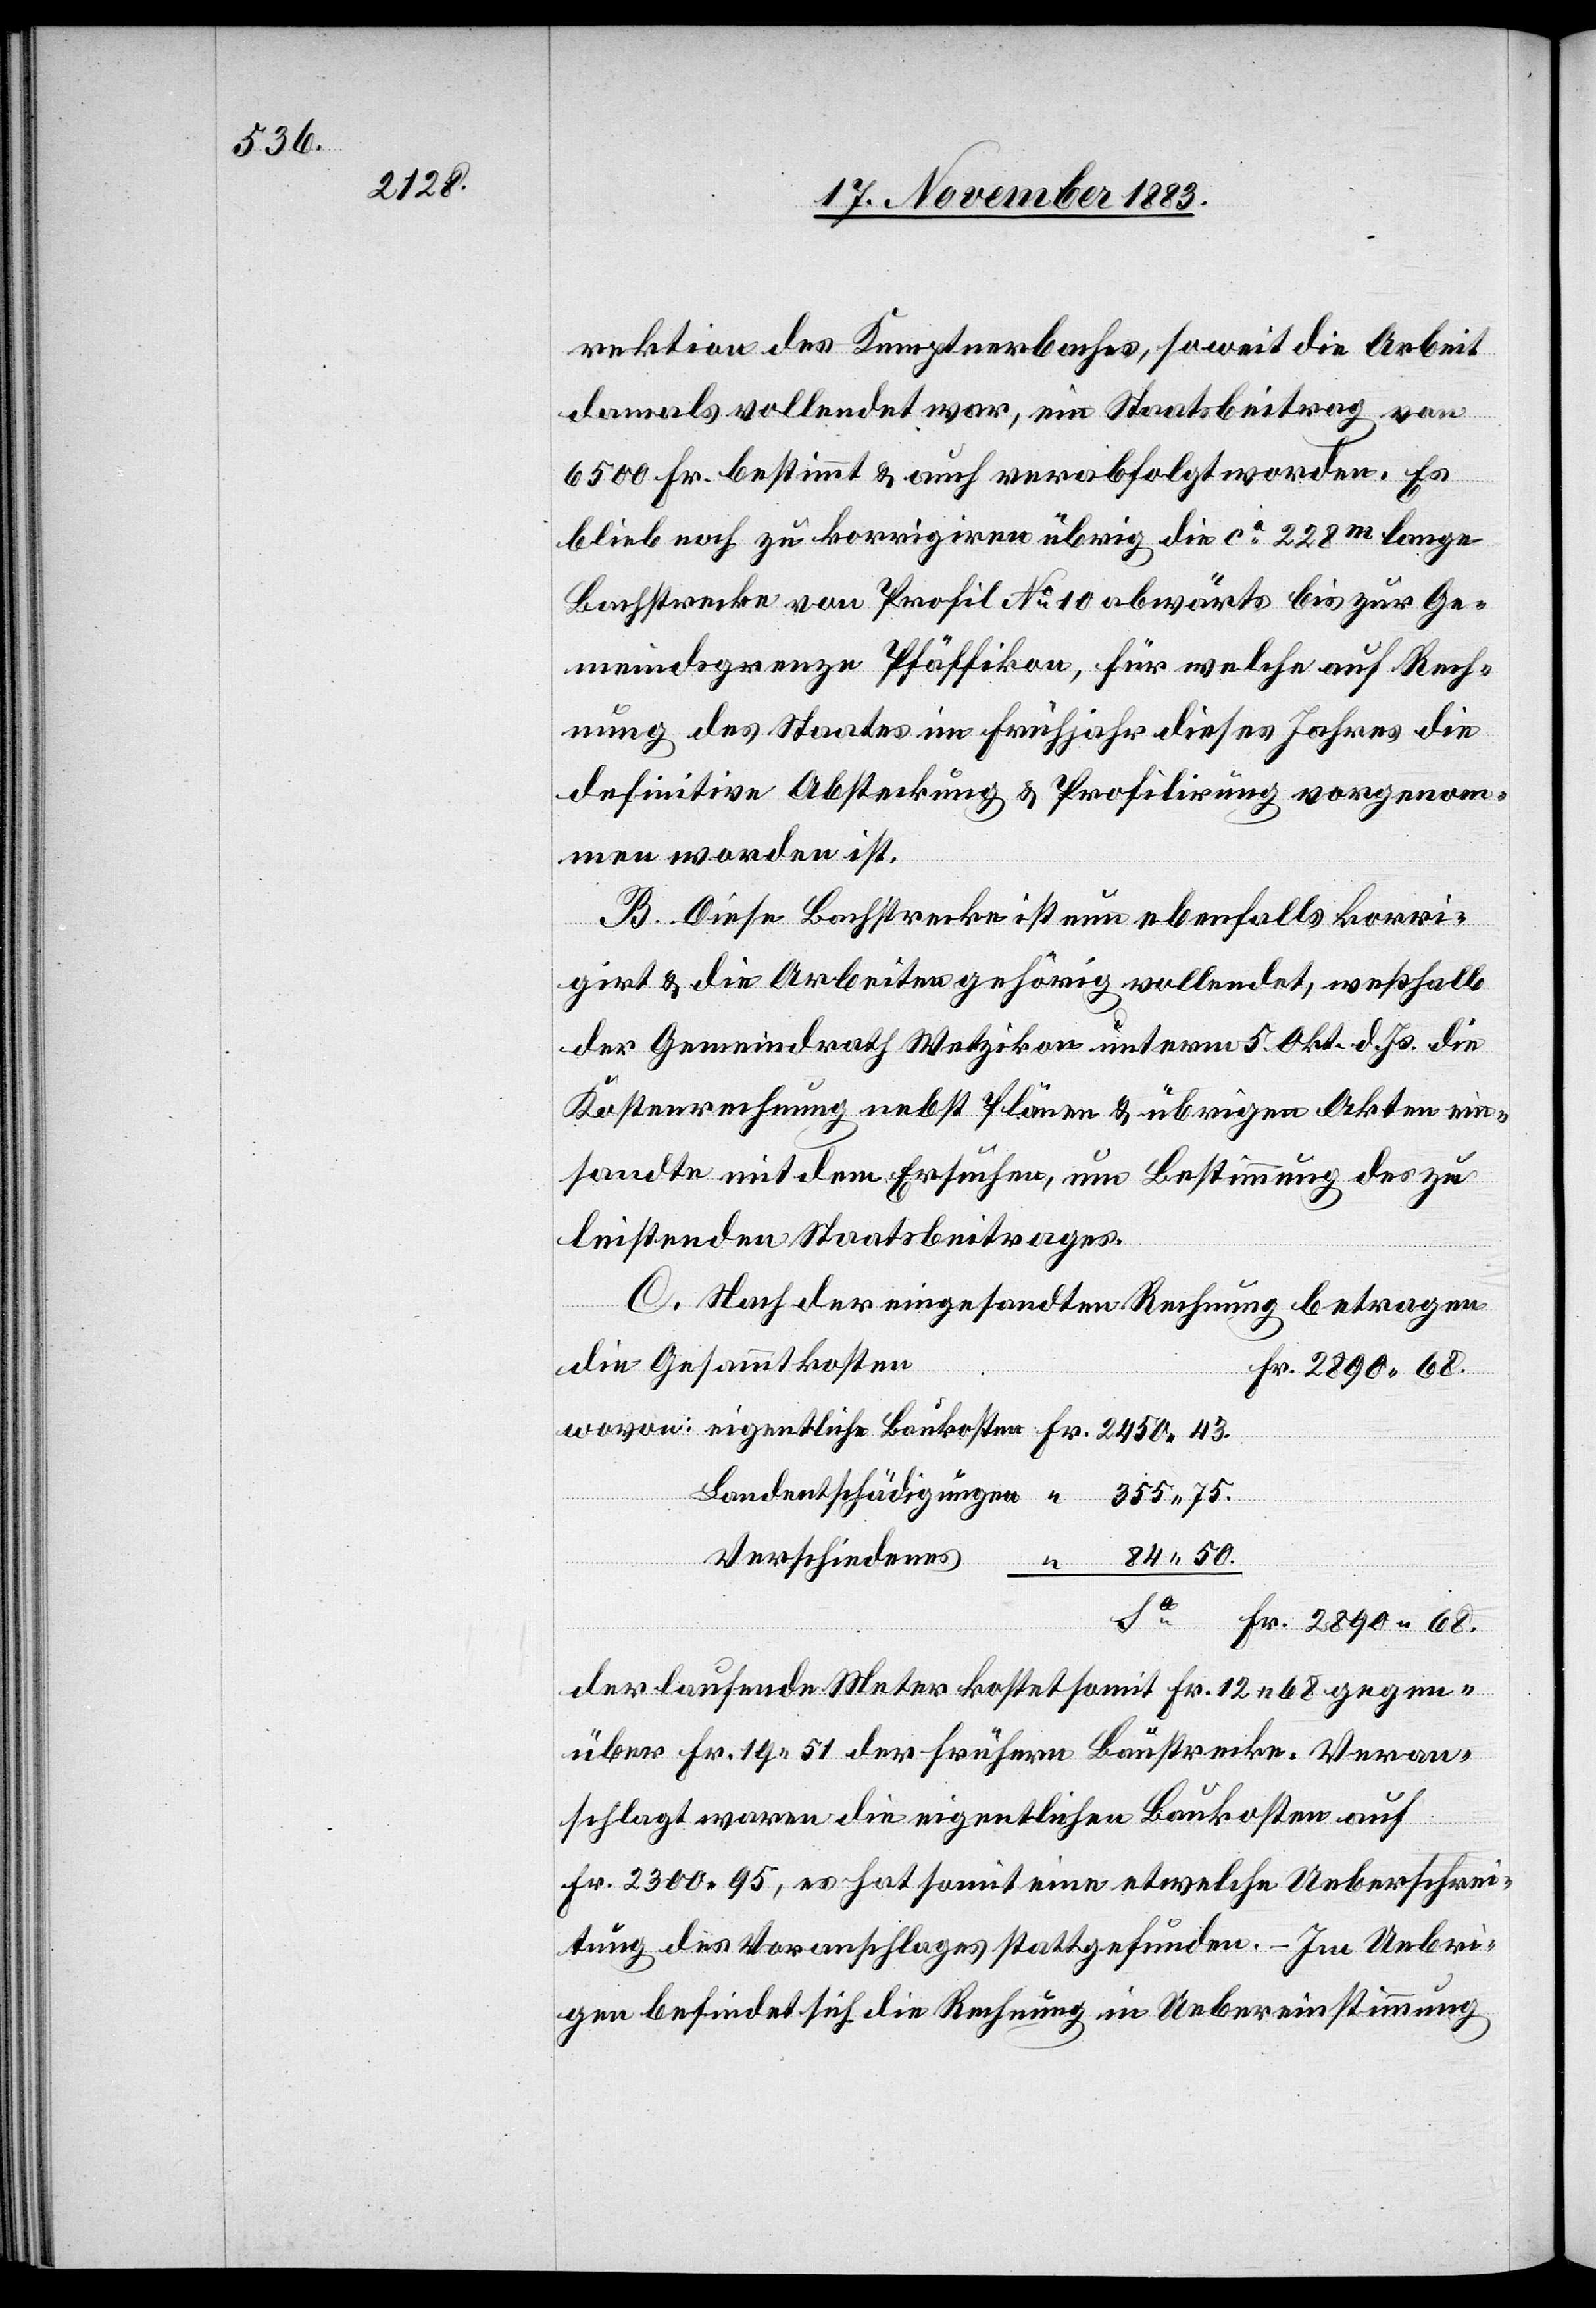
2890 68.

rektion des Kemptnerbaches, soweit die Arbeit
damals vollendet war, ein Staatsbeitrag von
6500 Fr. bestimmt & auch verabfolgt worden. Es
blieb noch zu korrigiren übrig die ca 228m lange
Bahnstrecke von Profil No 10 abwärts bis zur Ge¬
meindsgrenze Pfäffikon, für welche auf Rech¬
nung des Staates im Frühjahr dieses Jahres die
definitive Absteckung & Profilirung vorgenom¬
men worden ist.
B. Diese Bachstrecke ist nun ebenfalls korri¬
girt & die Arbeiten gehörig vollendet, weßhalb
der Gemeindrath Wetzikon unterm 5. Okt. d. Js. die
Kostenrechnung nebst Plänen & übrigen Akten ein¬
sandte mit dem Ersuchen, um Bestimmung des zu
leistenden Staatsbeitrages.
C. Nach der eingesandten Rechnung betragen
die Gesammtkosten
Landentschädigungen
Verschiedenes
laufende Meter kostet somit Fr. 12 68 gegen¬
über Fr. 19 51 der frühern Baustrecke. Veran¬
schlagt waren die eigentlichen Baukosten auf
Fr. 2300 95, es hat somit eine etwelche Ueberschrei¬
tung des Voranschlages stattgefunden. – Im Uebri¬
gen befindet sich die Rechnung in Uebereinstimmung